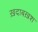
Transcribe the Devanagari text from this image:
ख़दाबख़श